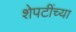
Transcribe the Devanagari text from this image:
शेपटींच्या